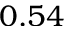
0 . 5 4